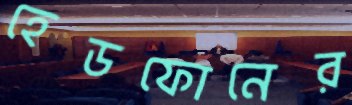
হেডফোনের